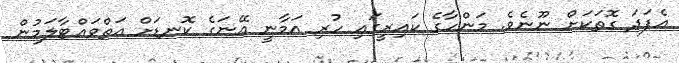
އެފަދަ ގޮތަކަށް ނޫނެވެ. މަންހާގެ ކައިރީގައި ހުރި އަމާނީ އޭނަގެ ކޮނޑަށް އަތްވައްޓާލަމުން